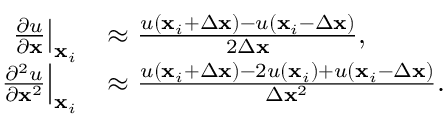
\begin{array} { r l } { \left. \frac { \partial u } { \partial \mathbf { x } } \right| _ { \mathbf { x } _ { i } } } & { \approx \frac { u \left( \mathbf { x } _ { i } + \Delta \mathbf { x } \right) - u \left( \mathbf { x } _ { i } - \Delta \mathbf { x } \right) } { 2 \Delta \mathbf { x } } , } \\ { \left. \frac { \partial ^ { 2 } u } { \partial \mathbf { x } ^ { 2 } } \right| _ { \mathbf { x } _ { i } } } & { \approx \frac { u \left( \mathbf { x } _ { i } + \Delta \mathbf { x } \right) - 2 u \left( \mathbf { x } _ { i } \right) + u \left( \mathbf { x } _ { i } - \Delta \mathbf { x } \right) } { \Delta \mathbf { x } ^ { 2 } } . } \end{array}